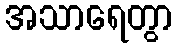
အသာရေတွာ